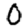
Digit: 0